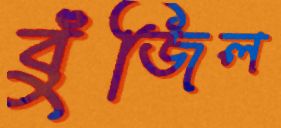
বুঁজিল